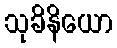
သုခိနိယော